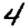
Digit: 4